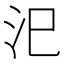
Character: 汜